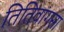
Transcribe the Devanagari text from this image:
तितिवांगसा